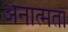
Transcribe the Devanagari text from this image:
अनात्मता